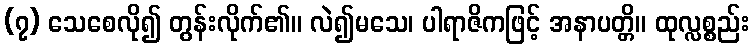
(၇) သေစေလို၍ တွန်းလိုက်၏။ လဲ၍မသေ၊ ပါရာဇိကဖြင့် အနာပတ္တိ။ ထုလ္လစ္စည်း